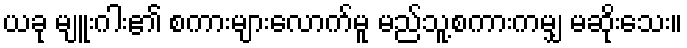
ယခု မျူးဂါး၏ စကားများလောက်မူ မည်သူ့စကားကမျှ မဆိုးသေး။